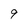
Character: 9